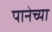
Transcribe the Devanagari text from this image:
पानेच्या